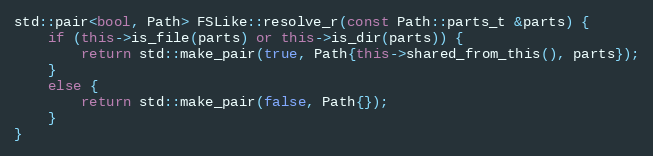
Language: C++
std::pair<bool, Path> FSLike::resolve_r(const Path::parts_t &parts) {
	if (this->is_file(parts) or this->is_dir(parts)) {
		return std::make_pair(true, Path{this->shared_from_this(), parts});
	}
	else {
		return std::make_pair(false, Path{});
	}
}